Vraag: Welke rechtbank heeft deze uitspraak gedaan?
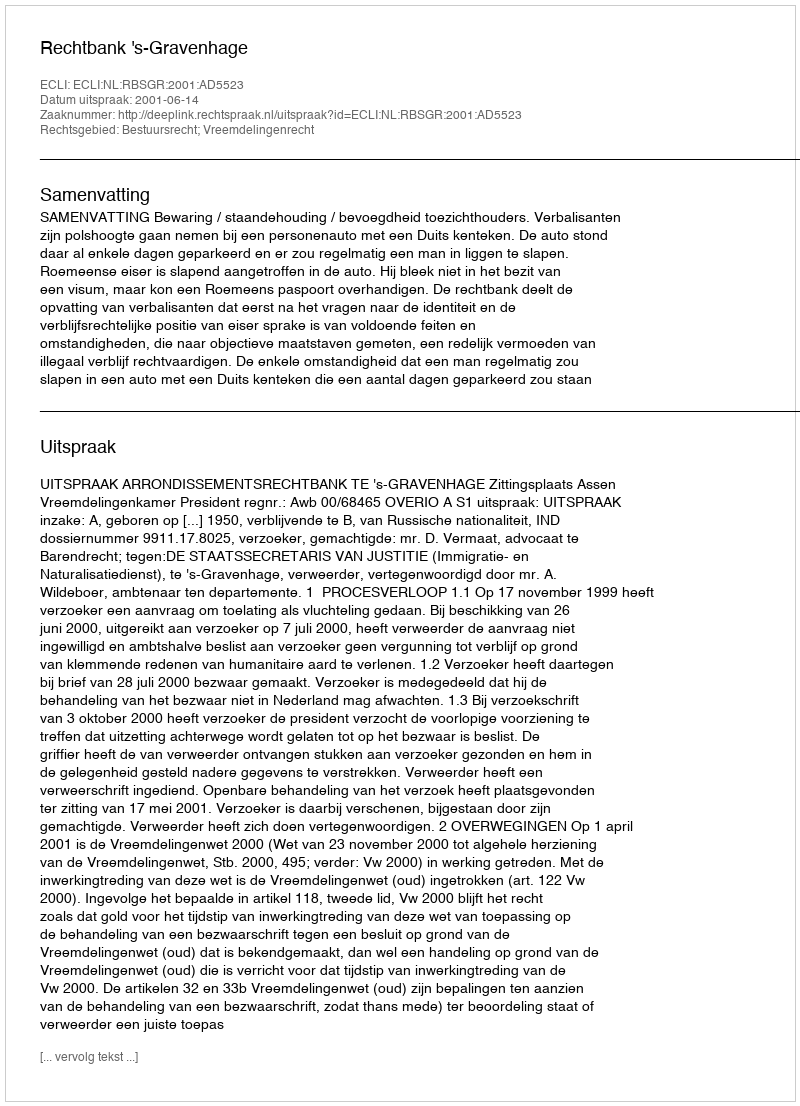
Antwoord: Rechtbank 's-Gravenhage